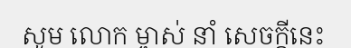
សូម លោក ម្ចាស់ នាំ សេចក្តីនេះ